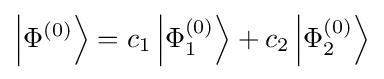
\left|{{\Phi }^{(0)}}\right\rangle ={{c}_{1}}\left|\Phi _{1}^{(0)}\right\rangle +{{c}_{2}}\left|\Phi _{2}^{(0)}\right\rangle